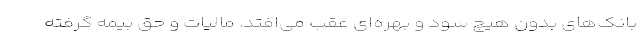
بانک‌های بدون هیچ سود و بهره‌ای عقب می‌افتد. مالیات و حق بیمه گرفته